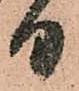
日